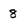
Character: 8